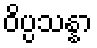
ဝိပ္ပသန္နာ